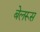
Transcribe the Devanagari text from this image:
बेलरूस